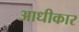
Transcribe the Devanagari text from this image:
आधीकार